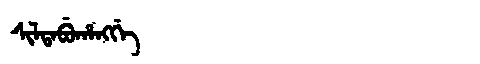
Manchu: ᠰᡳᠯᡨᠠᠪᡠᡥᠠᠩᡤᡝ
Romanization: SILTABUHANGGE